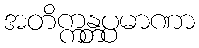
အတိက္ကန္တပ္ပမာဏာ